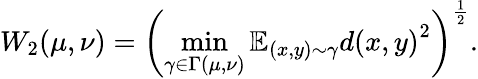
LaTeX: W_{2}(\mu,\nu)={\left(\operatorname*{min}_{\gamma\in\Gamma(\mu,\nu)}\mathbb{E}_{(x,y)\sim\gamma}{d(x,y)}^{2}\right)}^{\frac{1}{2}}.